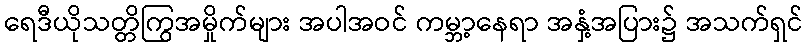
ရေဒီယိုသတ္တိကြွအမှိုက်များ အပါအဝင် ကမ္ဘာ့နေရာ အနှံ့အပြား၌ အသက်ရှင်